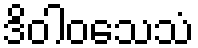
ဒိဝါဝသေသံ